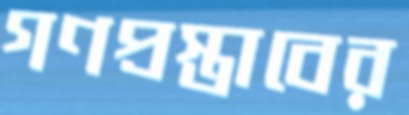
গণপ্রস্তাবের